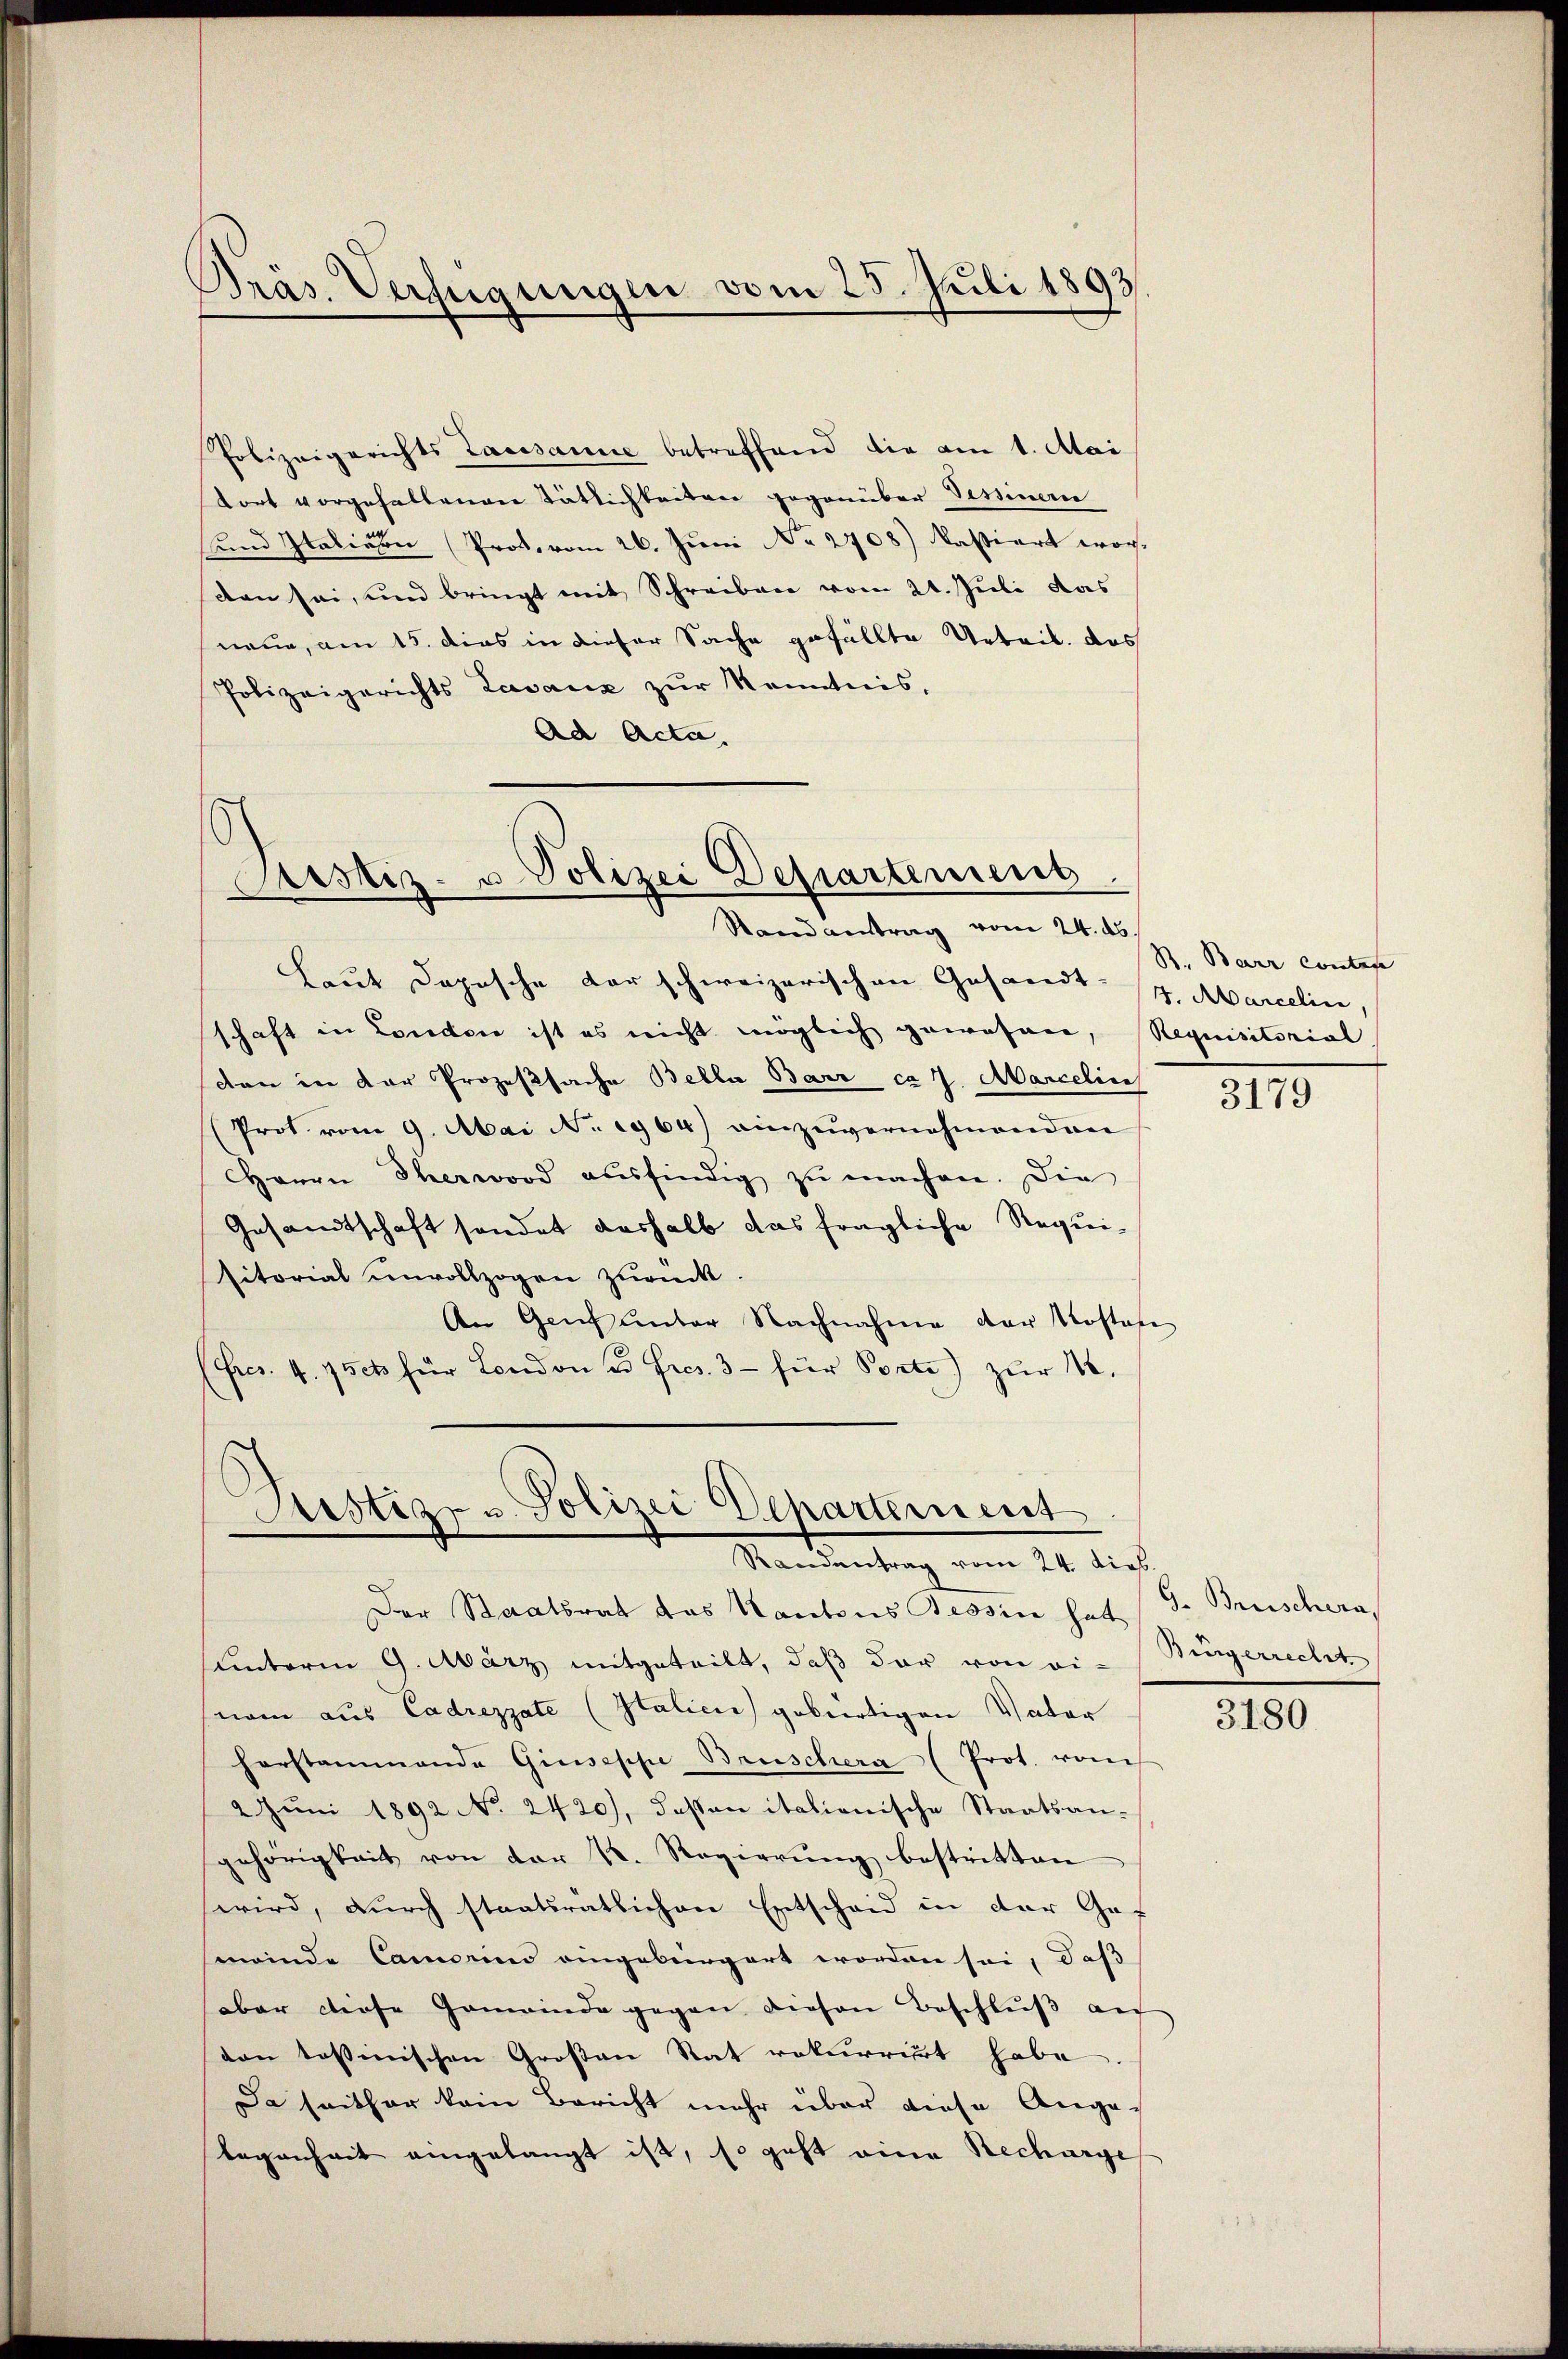
Präs. Verfügungen vom 25. Juli 1893.

Polizeigerichts Lausanne betreffend die am 1. Mai
tort vorgehaltenen Tätlichkeiten gegenüber Tessinere
und Italien (Prot. vom 26. Juni No 2708) kassiert worden sei, und bringt mit Schreiben vom 21. Juli das
neue, am 15. dies in dieser Sache gefällte Urteil, das
Polizeigerichts Lavanz zur Kenntnis,
Ad Acta,

Justiz- u Polizei Departement
Randantrag vom 24. ds.

Laut Dopische der schweizerischen Gesandt- 4. Marcelin.
schaft in London ist es nicht möglich gewohnen, Requisitorial
don in der Prozeßsache Bella Barr ca 7. Marcelin
Prot. vom 9. Mai N. 1964) einzuvernehmenden
Herrn Thermord aŭsfindig zŭ machen. Die
Gesandtschaft sondet deshalb das fragliche Requisitorial unvollzogen zurück.
An Genf unter Nachnahme der Kostafe
(Fres. 4. 75ct für London u Fres. 3 für Porte) zŭr 16.
Der Staatsrat das Kantons Tessin hat
sunterm 9. März mitgeteilt, daß der von einam aus Cadrezzate (Italici gebürtigen Vater
horstammande Giuseppe Brüschera (Prot. vom
2 Jŭni 1892 No. 2420), dassen italienische Staatsan-
gehörigkeit von der K. Regierung bestritten
wird, durch staatsratlichen Entscheid in der Ge-
meinde Camerin eingebürgert worden sei, daß
aber diese Gemeinde gegen diesen Beschluß au
von tessinischen Großen Rat rekurrirt habe.
Da seither kein Bericht mehr über diese Angelegenheit eingelangt ist, so geht eine Recharge

Justiz- u. Polizei Departement
Randantrag vom 24. Dieb.

B. Barr contes

3179

9. Breischera
Hingerrecht

3180